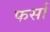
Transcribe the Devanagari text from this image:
फर्सा